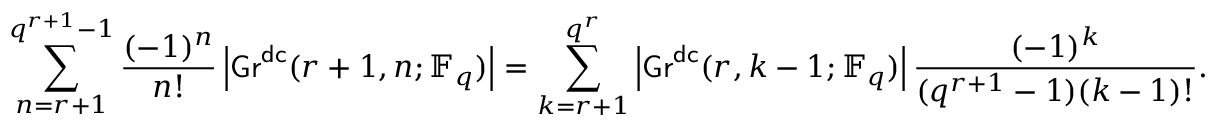
\sum _ { n = r + 1 } ^ { q ^ { r + 1 } - 1 } \frac { ( - 1 ) ^ { n } } { n ! } \left| \mathsf { G r } ^ { \mathsf { d c } } ( r + 1 , n ; \mathbb { F } _ { q } ) \right| = \sum _ { k = r + 1 } ^ { q ^ { r } } \left| \mathsf { G r } ^ { \mathsf { d c } } ( r , k - 1 ; \mathbb { F } _ { q } ) \right| \frac { ( - 1 ) ^ { k } } { ( q ^ { r + 1 } - 1 ) ( k - 1 ) ! } .